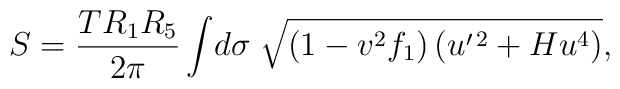
S = \frac{T R_1R_5}{ 2 \pi} \int \! d \sigma \;    \sqrt{(1-v^2 f_1) \left( u^{\prime \, 2}+ H u^4 \right)},